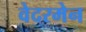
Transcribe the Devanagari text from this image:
वेदरमेन